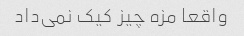
واقعا مزه چیز کیک نمی‌داد